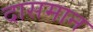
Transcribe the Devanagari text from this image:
दासमान